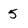
Character: 5